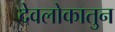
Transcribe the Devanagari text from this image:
देवलोकातुन